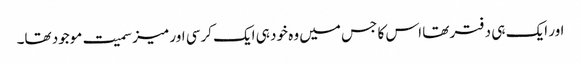
اور ایک ہی دفتر تھا اس کا جس میں وہ خود ہی ایک کرسی اور میز سمیت موجود تھا۔